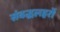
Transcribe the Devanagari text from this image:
संबद्धलहरों